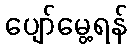
ပျော်မွေ့ရန်